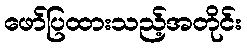
ဖော်ပြထားသည့်အတိုင်း